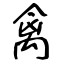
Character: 禽